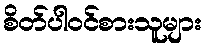
စိတ်ပါဝင်စားသူများ